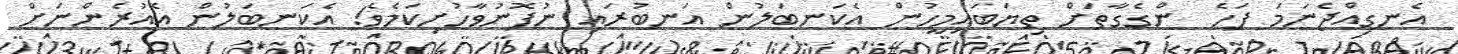
އެނގިއްޖެނަމަ ފަހެ  ންގެގާތަށް ތިޔަބައިމީހުން އެކަނބަލުން އަނބުރައި ނުފޮނުވާހުށިކަމެވެ! އެކަނބަލުން އެއުރެންނަށް